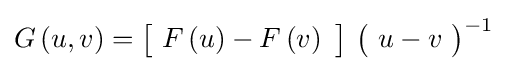
G\left(u,v\right)={\bigl [}\ F\left(u\right)-F\left(v\right)\ {\bigr ]}\ {\bigl (}\ u-v\ {\bigr )}^{-1}\